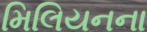
મિલિયનના